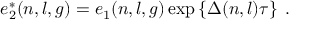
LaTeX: e _ { 2 } ^ { * } ( n , l , g ) = e _ { 1 } ( n , l , g ) \exp \left\{ \Delta ( n , l ) \tau \right\} \; .